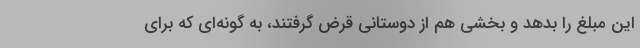
این مبلغ را بدهد و بخشی هم از دوستانی قرض گرفتند، به گونه‌ای که برای